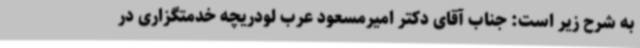
به شرح زیر است: جناب آقای دکتر امیرمسعود عرب لودریچه خدمتگزاری در